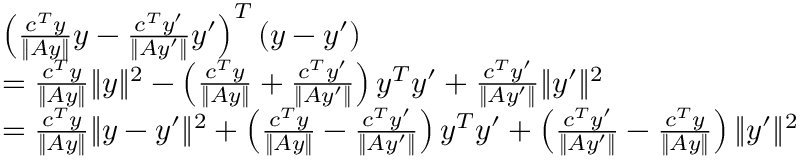
\begin{array} { r l } & { \left( \frac { c ^ { T } y } { \| A y \| } y - \frac { c ^ { T } y ^ { \prime } } { \| A y ^ { \prime } \| } y ^ { \prime } \right) ^ { T } ( y - y ^ { \prime } ) } \\ & { = \frac { c ^ { T } y } { \| A y \| } \| y \| ^ { 2 } - \left( \frac { c ^ { T } y } { \| A y \| } + \frac { c ^ { T } y ^ { \prime } } { \| A y ^ { \prime } \| } \right) y ^ { T } y ^ { \prime } + \frac { c ^ { T } y ^ { \prime } } { \| A y ^ { \prime } \| } \| y ^ { \prime } \| ^ { 2 } } \\ & { = \frac { c ^ { T } y } { \| A y \| } \| y - y ^ { \prime } \| ^ { 2 } + \left( \frac { c ^ { T } y } { \| A y \| } - \frac { c ^ { T } y ^ { \prime } } { \| A y ^ { \prime } \| } \right) y ^ { T } y ^ { \prime } + \left( \frac { c ^ { T } y ^ { \prime } } { \| A y ^ { \prime } \| } - \frac { c ^ { T } y } { \| A y \| } \right) \| y ^ { \prime } \| ^ { 2 } } \end{array}